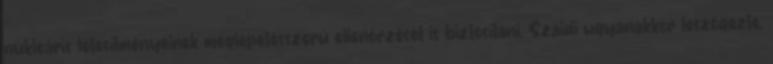
nukleáris létesítményeinek meglepetésszerű ellenőrzését is biztosítani. Szaidi ugyanakkor leszögezte,